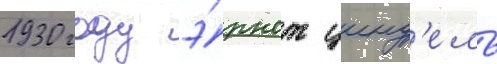
1930 году э́рнст цинд'ель